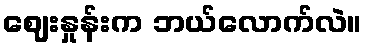
ဈေးနှုန်းက ဘယ်လောက်လဲ။